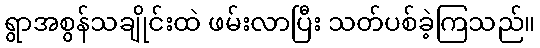
ရွာအစွန်သချိုင်းထဲ ဖမ်းလာပြီး သတ်ပစ်ခဲ့ကြသည်။